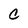
Character: c